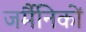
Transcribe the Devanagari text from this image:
जर्मैनिकों